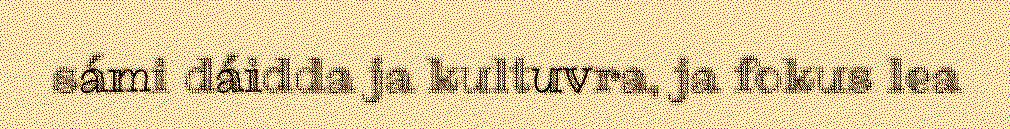
sámi dáidda ja kultuvra, ja fokus lea